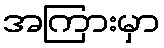
အကြားမှာ